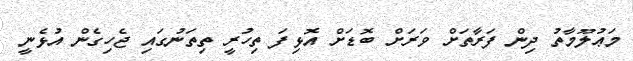
މަޢުލޫމާތު ދިން ފަރާތަށް ވަރަށް ބޮޑަށް އޮޅިފަ ތިހުރީ ތިތަނުގައި ޖެހިގެން އުޅެނީ